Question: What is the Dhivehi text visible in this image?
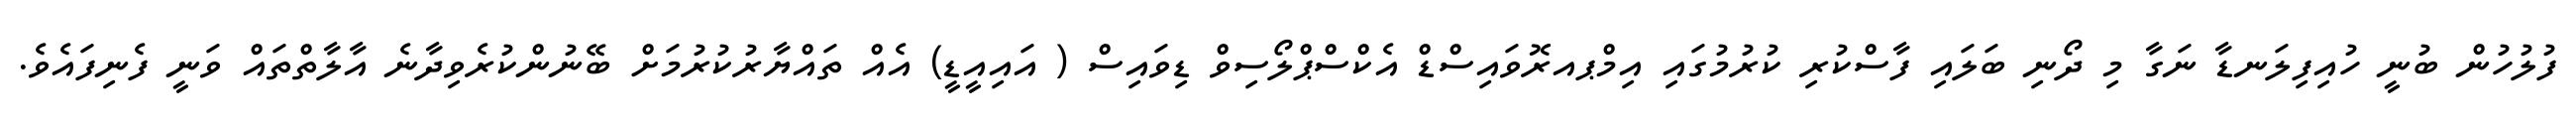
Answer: ފުލުހުން ބުނީ ހުއިފިލަނޑާ ނަގާ މި ދޯނި ބަލައި ފާސްކުރި ކުރުމުގައި އިމްޕއރޮވައިސްޑް އެކްސްޕްލޯސިވް ޑިވައިސް ( އައިއީޑީ) އެއް ތައްޔާރުކުރުމަށް ބޭނުންކުރެވިދާނެ އާލާތްތައް ވަނީ ފެނިފައެވެ.